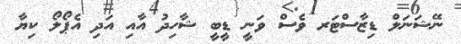
ނޭޝަނަލް ޑިޒާސްޓަރ ވެސް ވަނީ ޑީބީ ޝާހިދު އާއި އަދި އެޕޯލޯ ކިޔާ